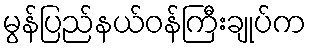
မွန်ပြည်နယ်ဝန်ကြီးချုပ်က